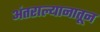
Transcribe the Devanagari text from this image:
अंतराल्यानातून